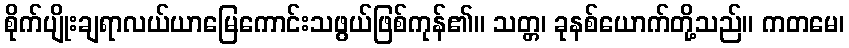
စိုက်ပျိုးချရာလယ်ယာမြေကောင်းသဖွယ်ဖြစ်ကုန်၏။ သတ္တ၊ ခုနစ်ယောက်တို့သည်။ ကတမေ၊